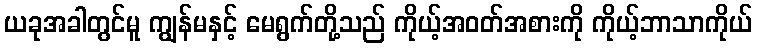
ယခုအခါတွင်မူ ကျွန်မနှင့် မေရွက်တို့သည် ကိုယ့်အဝတ်အစားကို ကိုယ့်ဘာသာကိုယ်